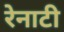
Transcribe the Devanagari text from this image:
रेनाटी